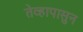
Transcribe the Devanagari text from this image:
तेव्हापासुन